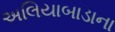
અલિયાબાડાના